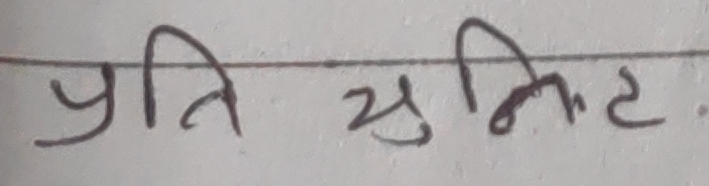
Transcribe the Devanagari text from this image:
प्रति सुजित.